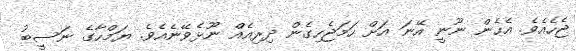
ޖެހެއެވެ. އެހެން ނޫނީ އޭނަ އަށް ހަމަޖެހިގެން ދިރިއެއް ނޫޅެވޭނެއެވެ. ޔަމްހާގެ ނަސީބު